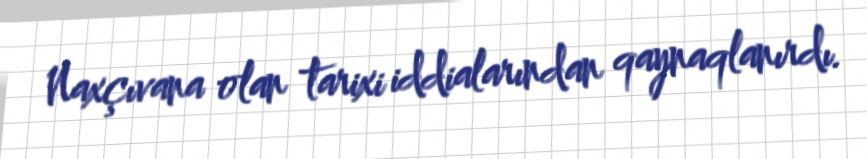
Naxçıvana olan tarixi iddialarından qaynaqlanırdı.